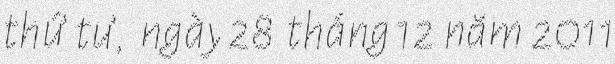
thứ tư, ngày 28 tháng 12 năm 2011